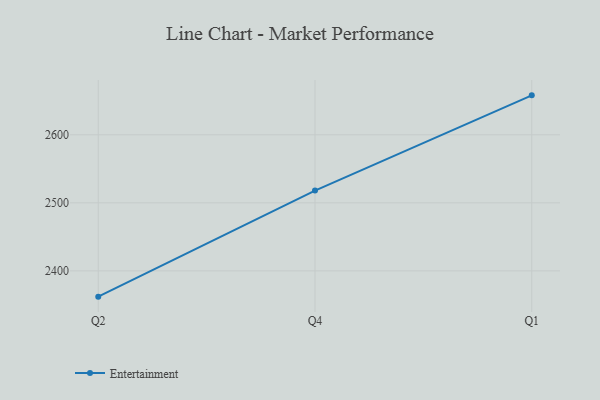
{"axis": {"x": "Quarter", "y": "Budget (USD K)"}, "legend": ["Entertainment"], "data": [{"x": "Q2", "y": 2362.1, "type": "Entertainment"}, {"x": "Q4", "y": 2518.0, "type": "Entertainment"}, {"x": "Q1", "y": 2658.0, "type": "Entertainment"}]}